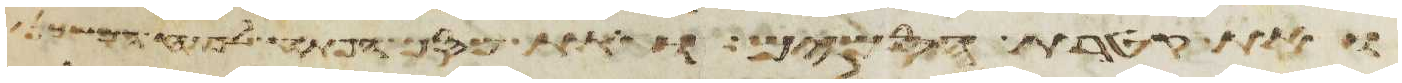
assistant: ואת קטרת הסמים ואת מסך הפתח לפתח